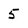
Character: 5